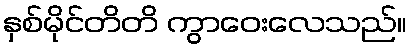
နှစ်မိုင်တိတိ ကွာဝေးလေသည်။